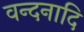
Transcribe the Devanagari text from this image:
वन्दनादि